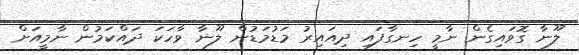
ލޫނާ ގޮވައިގެން ނާމީ ހިނގާފައި ދިއައިރު މަޑުމަޑުން ލޫނާ ވާހަކަ ދައްކަމުން ނާމީއަށް